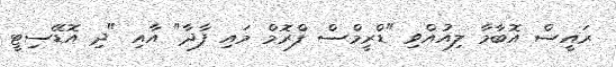
ރައީސް އޮބާމާ ލިއުއްވި "ޑްރީމްސް ފްރޮމް މައި ފާދާ" އާއި "ދި އޮޑޭސިޓީ